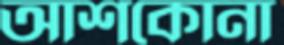
আশকোনা